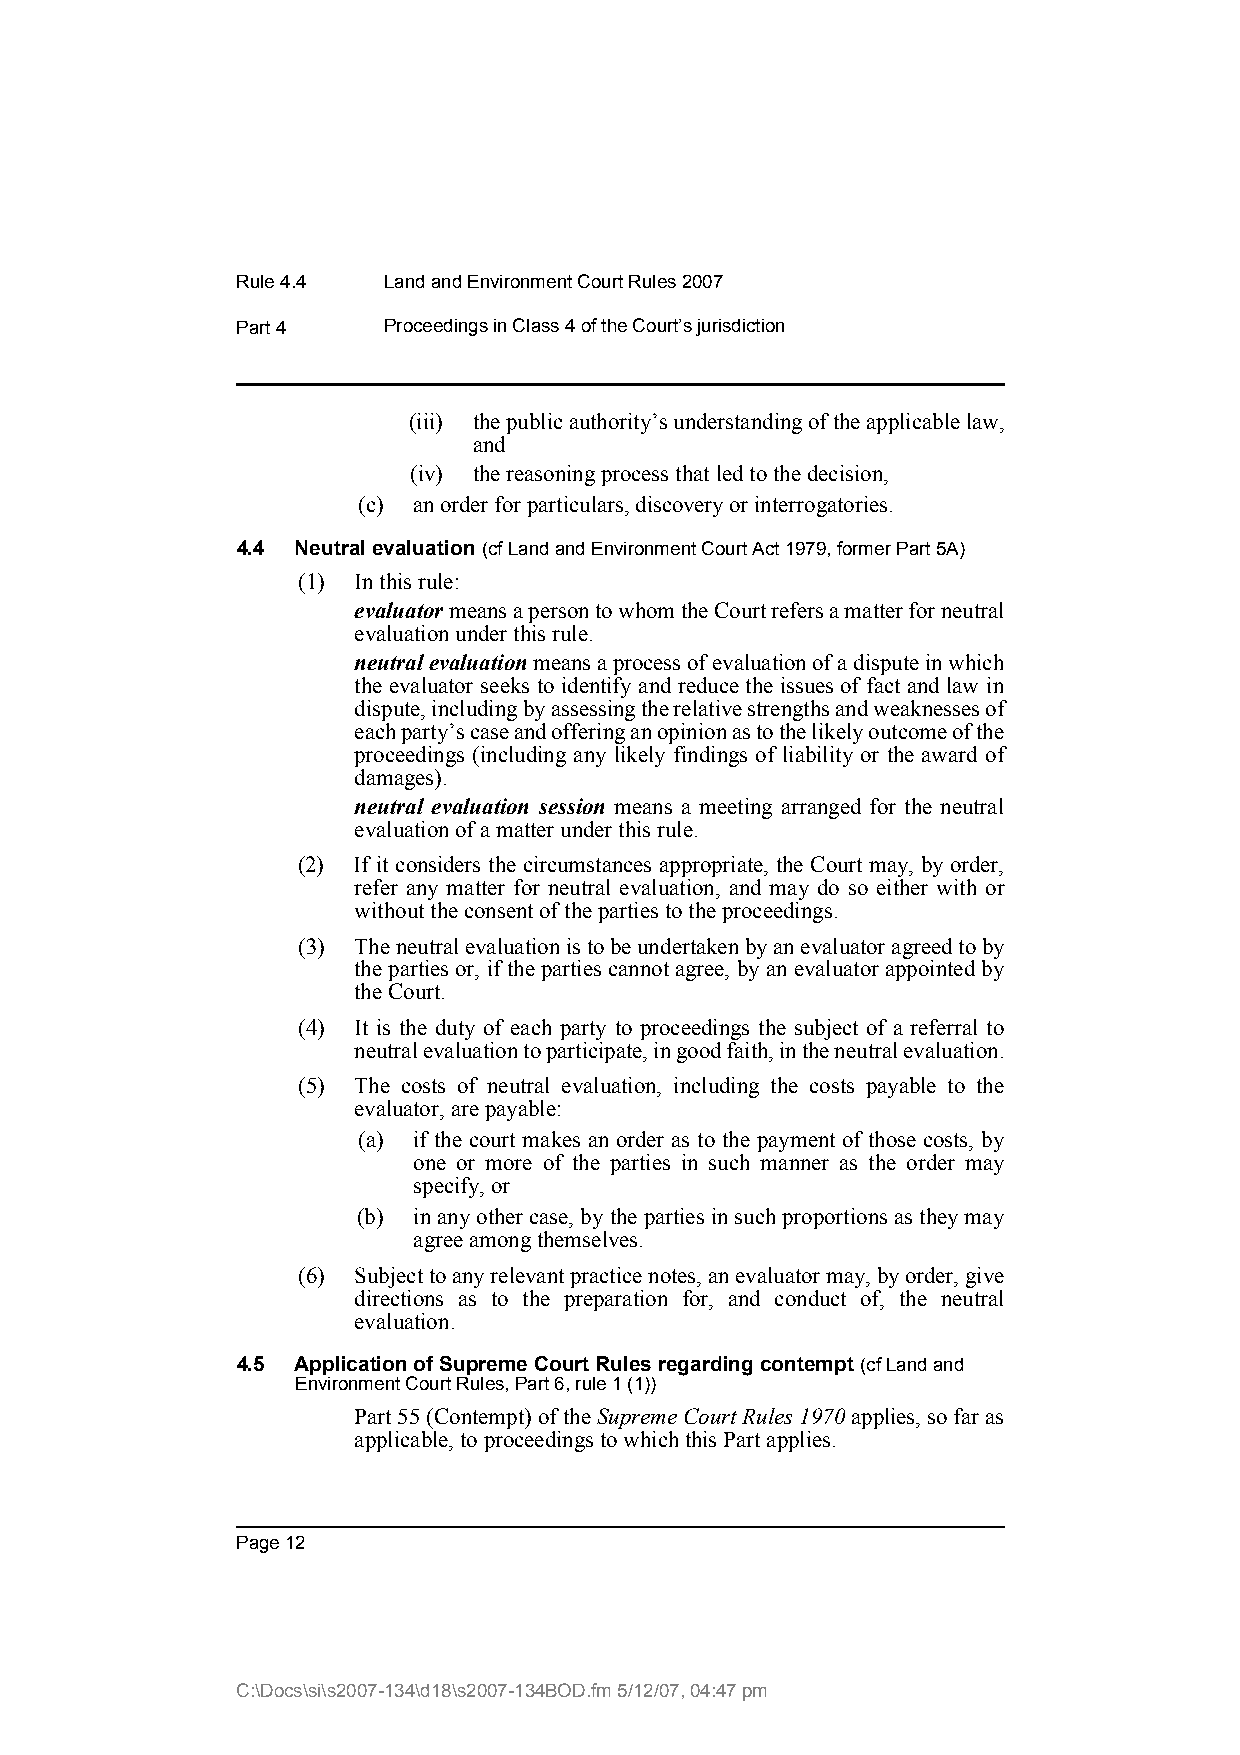
Rule 4.4 Land and Environment Court Rules 2007
 Part 4   Proceedings in Class 4 of the Court’s jurisdiction
 (iii) the public authority’s understanding of the applicable law,
 and
 (iv) the reasoning process that led to the decision,
 (c) an order for particulars, discovery or interrogatories.
 4.4 Neutral evaluation (cf Land and Environment Court Act 1979, former Part 5A)
 (1) In this rule:
 evaluator means a person to whom the Court refers a matter for neutral
 evaluation under this rule.
 neutral evaluation means a process of evaluation of a dispute in which
 the evaluator seeks to identify and reduce the issues of fact and law in
 dispute, including by assessing the relative strengths and weaknesses of
 each party’s case and offering an opinion as to the likely outcome of the
 proceedings (including any likely findings of liability or the award of
 damages).
 neutral evaluation session means a meeting arranged for the neutral
 evaluation of a matter under this rule.
 (2) If it considers the circumstances appropriate, the Court may, by order,
 refer any matter for neutral evaluation, and may do so either with or
 without the consent of the parties to the proceedings.
 (3) The neutral evaluation is to be undertaken by an evaluator agreed to by
 the parties or, if the parties cannot agree, by an evaluator appointed by
 the Court.
 (4) It is the duty of each party to proceedings the subject of a referral to
 neutral evaluation to participate, in good faith, in the neutral evaluation.
 (5) The costs of neutral evaluation, including the costs payable to the
 evaluator, are payable:
 (a) if the court makes an order as to the payment of those costs, by
 one or more of the parties in such manner as the order may
 specify, or
 (b) in any other case, by the parties in such proportions as they may
 agree among themselves.
 (6) Subject to any relevant practice notes, an evaluator may, by order, give
 directions as to the preparation for, and conduct of, the neutral
 evaluation.
 4.5 Application of Supreme Court Rules regarding contempt (cf Land and
 Environment Court Rules, Part 6, rule 1 (1))
 Part 55 (Contempt) of the Supreme Court Rules 1970 applies, so far as
 applicable, to proceedings to which this Part applies.
 Page 12
 C:\Docs\si\s2007-134\d18\s2007-134BOD.fm 5/12/07, 04:47 pm